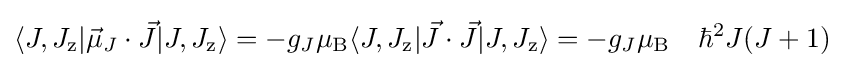
\langle J,J_{\text{z}}|{\vec {\mu }}_{J}\cdot {\vec {J}}|J,J_{\text{z}}\rangle =-g_{J}\mu _{\rm {B}}\langle J,J_{\text{z}}|{\vec {J}}\cdot {\vec {J}}|J,J_{\text{z}}\rangle =-g_{J}\mu _{\rm {B}}\quad \hbar ^{2}J(J+1)